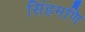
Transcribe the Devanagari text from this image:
सिंहमणि